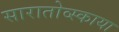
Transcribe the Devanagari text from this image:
सारातोव्स्काया